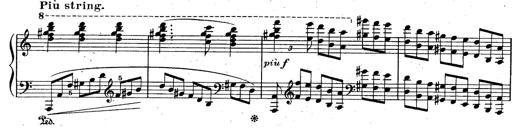
Title: God Save the Queen
Composer: Charles LÃ©on Hess
Key: A major